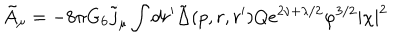
LaTeX: \tilde { A } _ { \mu } = - 8 \pi G _ { 6 } \tilde { j } _ { \mu } \int d r ^ { \prime } \tilde { \Delta } ( p , r , r ^ { \prime } ) Q e ^ { 2 \nu + \lambda / 2 } \varphi ^ { 3 / 2 } | \chi | ^ { 2 }